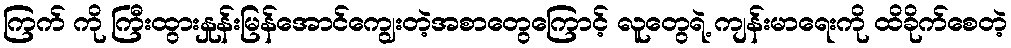
ကြက် ကို ကြီးထွားနှုန်းမြန်အောင်ကျွေးတဲ့အစာတွေကြောင့် လူတွေရဲ့ ကျန်းမာရေးကို ထိခိုက်စေတဲ့